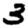
Digit: 3